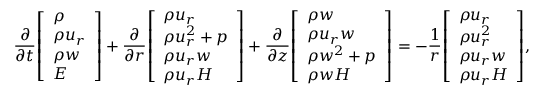
\frac { \partial } { \partial t } { \left[ \begin{array} { l } { \rho } \\ { \rho u _ { r } } \\ { \rho w } \\ { E } \end{array} \right] } + \frac { \partial } { \partial r } { \left[ \begin{array} { l } { \rho u _ { r } } \\ { \rho u _ { r } ^ { 2 } + p } \\ { \rho u _ { r } w } \\ { \rho u _ { r } H } \end{array} \right] } + \frac { \partial } { \partial z } { \left[ \begin{array} { l } { \rho w } \\ { \rho u _ { r } w } \\ { \rho w ^ { 2 } + p } \\ { \rho w H } \end{array} \right] } = - \frac { 1 } { r } { \left[ \begin{array} { l } { \rho u _ { r } } \\ { \rho u _ { r } ^ { 2 } } \\ { \rho u _ { r } w } \\ { \rho u _ { r } H } \end{array} \right] } ,